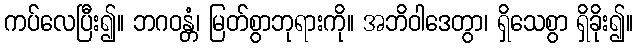
ကပ်လေပြီး၍။ ဘဂဝန္တံ၊ မြတ်စွာဘုရားကို။ အဘိဝါဒေတွာ၊ ရှိသေစွာ ရှိခိုး၍။